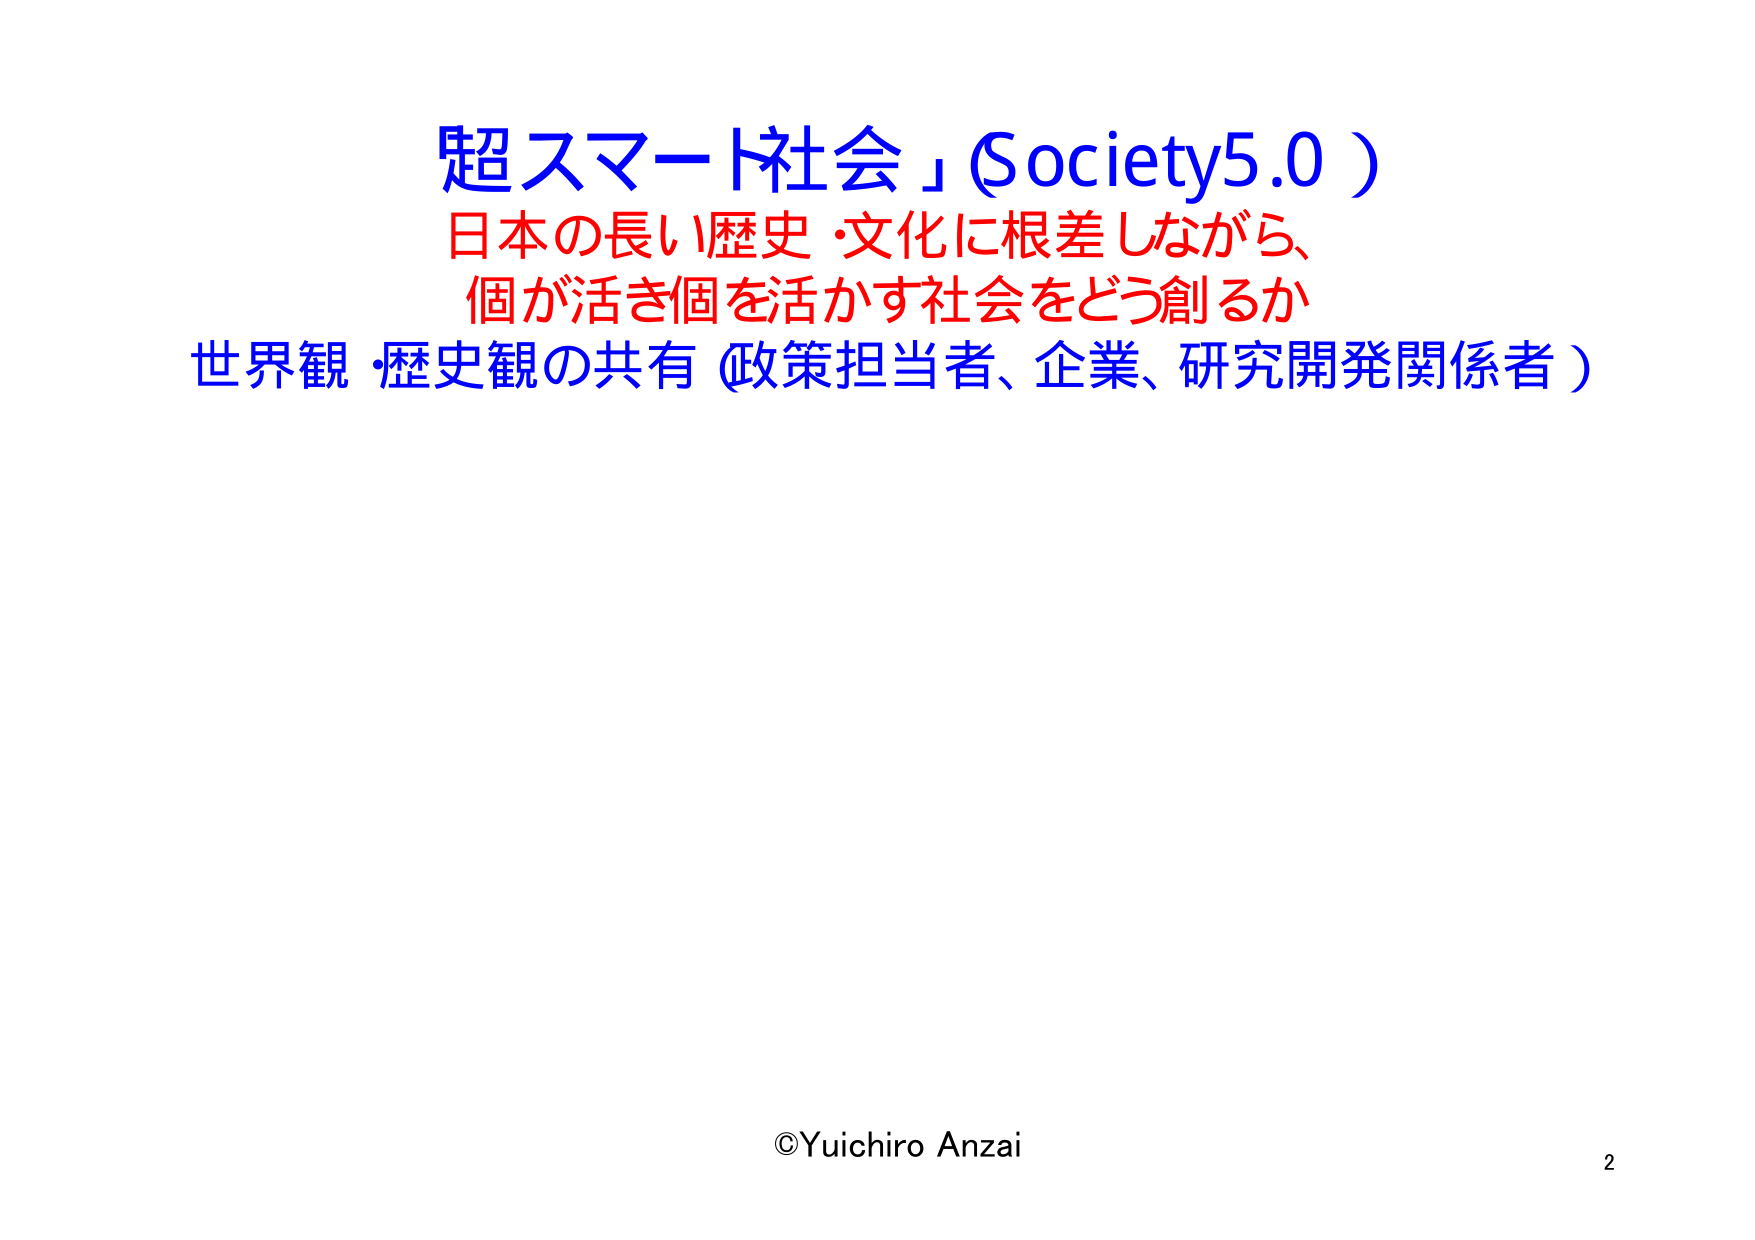
超スマート社会」（Society5.0）
日本の長い歴史・文化に根差しながら、
個が活き個を活かす社会をどう創るか
世界観・歴史観の共有（政策担当者、企業、研究開発関係者）
©Yuichiro Anzai
2